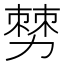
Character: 𠢠